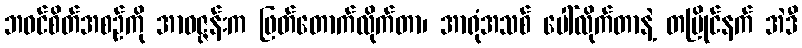
ဘဝင်စိတ်အစဉ်ကို အာဝဇ္ဇန်းက ဖြတ်တောက်လိုက်တာ၊ အာရုံအသစ် ပေါ်လိုက်တာနဲ့ တပြိုင်နက် အဲဒီ